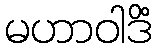
မဟာဝါဒိံ